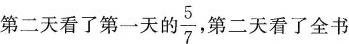
第二天看了第一天的\frac{5}{7}，第二天看了全书